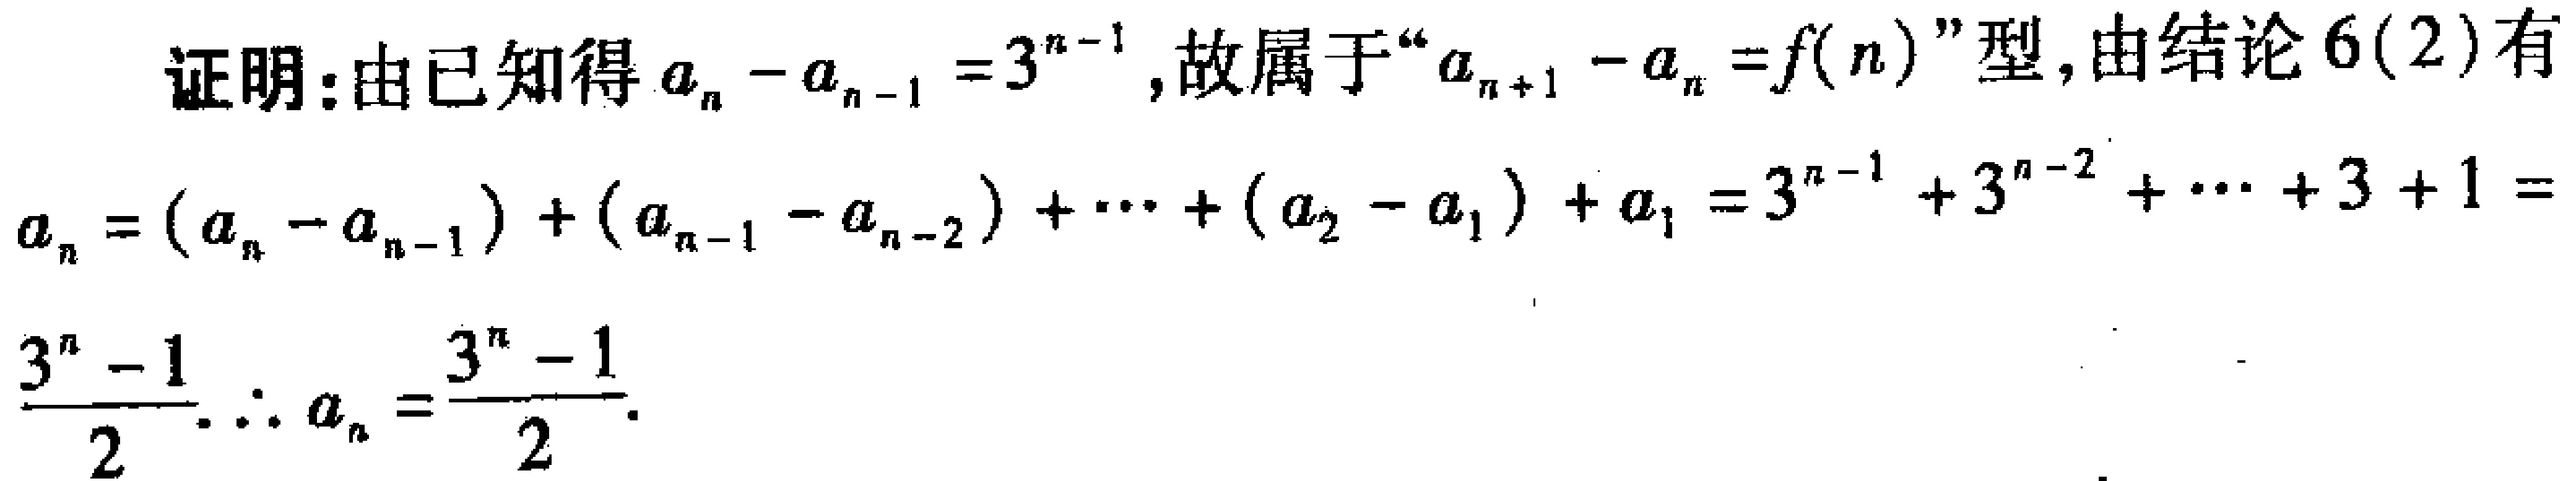
证明：由已知得\(a_{n}-a_{n - 1}=3^{n - 1}\)，故属于“\(a_{n + 1}-a_{n}=f(n)\)”型，由结论6(2)有
\(a_{n}=(a_{n}-a_{n - 1})+(a_{n - 1}-a_{n - 2})+\cdots+(a_{2}-a_{1})+a_{1}=3^{n - 1}+3^{n - 2}+\cdots+3 + 1=\frac{3^{n}-1}{2}.\therefore a_{n}=\frac{3^{n}-1}{2}.\)